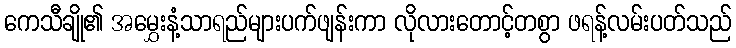
ကေသီချို၏ အမွှေးနံ့သာရည်များပက်ဖျန်းကာ လိုလားတောင့်တစွာ ဖရန့်လမ်းပတ်သည်